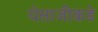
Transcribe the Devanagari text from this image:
येसाजीकडे